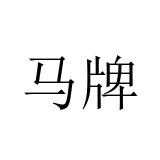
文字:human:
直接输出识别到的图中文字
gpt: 马牌